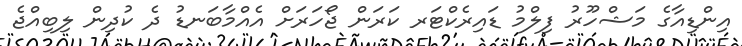
އިންޑިއާގެ މަޝްހޫރު ފިލްމު ޑައިރެކްޓަރ ކަރަން ޖޯހަރަށް އެއްމާބަނޑު ދެ ކުދިން ލިބިއްޖެ